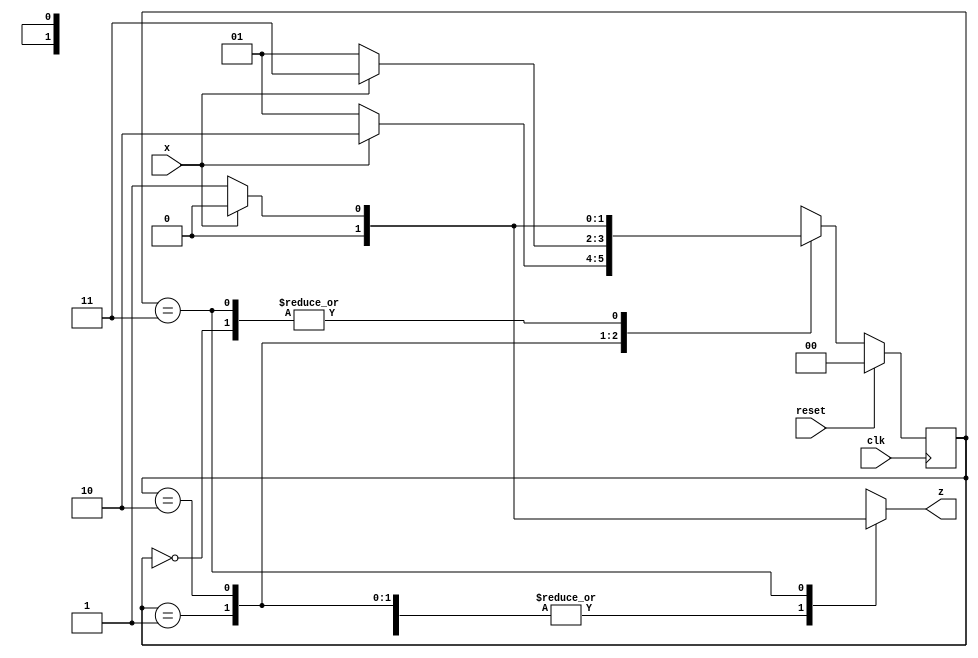
`timescale 1ns / 1ns
// Code your design here
module fsm(clk, reset, x, z);
    input clk, reset, x;
    output reg z;

    reg [1:0]NS, PS;

    parameter [1:0]s0 =0; //0
    parameter [1:0]s1 =1; //01
    parameter [1:0]s2 =2; //011
    parameter [1:0]s3 =3; //0110

    always@(posedge clk) begin
        if(reset) PS <= s0;
        else
            PS <= NS;
    end

    always@(x,PS) begin
        case(PS)
            s0: begin
                NS = (x==0)?s1:s0;
                z = x?0:0;
            end

            s1: begin
                NS = (x==1)?s2:s1;
                z = x?0:0;
            end

            s2: begin
                NS = (x==1)?s3:s1;
                z = x?0:0;
            end

            s3: begin
                NS = (x==0)?s1:s0;
                z = x?0:1;
            end

            default: begin
                NS = s0;
                z = 0;
            end

        endcase
    end
endmodule